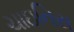
ચાઇનિસ